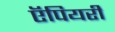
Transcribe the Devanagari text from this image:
ऍपियरी